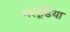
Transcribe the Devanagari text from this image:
भलूंडिया